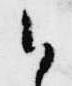
御